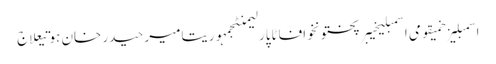
اسمبلیزخمیقومی اسمبلیخیبرپختونخوافاٹاپارلیمنٹجمہوریتامیر حیدر خان ہوتیعلاج